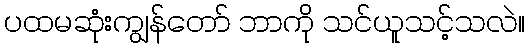
ပထမဆုံးကျွန်တော် ဘာကို သင်ယူသင့်သလဲ။